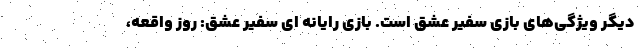
دیگر ویژگی‌های بازی سفیر عشق است. بازی رایانه ای سفیر عشق: روز واقعه،